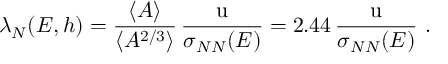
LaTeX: \lambda _ { N } ( E , h ) = { \frac { \langle A \rangle } { \langle A ^ { 2 / 3 } \rangle } } \, { \frac { \mathrm { u } } { \sigma _ { N N } ( E ) } } = 2 . 4 4 \, { \frac { \mathrm { u } } { \sigma _ { N N } ( E ) } } ~ .